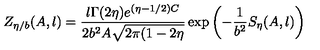
Z _ { \eta / b } ( A , l ) = \frac { l \Gamma ( 2 \eta ) e ^ { ( \eta - 1 / 2 ) C } } { 2 b ^ { 2 } A \sqrt { 2 \pi ( 1 - 2 \eta } } \exp \left( - \frac 1 { b ^ { 2 } } S _ { \eta } ( A , l ) \right)